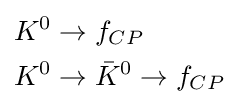
{\begin{aligned}K^{0}&\to f_{CP}\\K^{0}&\to {\bar {K}}^{0}\to f_{CP}\end{aligned}}